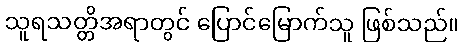
သူရသတ္တိအရာတွင် ပြောင်မြောက်သူ ဖြစ်သည်။